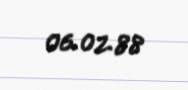
06.02.88